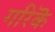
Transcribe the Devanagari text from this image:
गरिकॆ